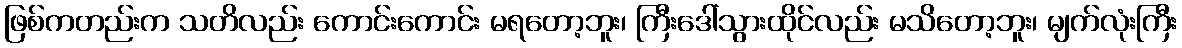
ဖြစ်ကတည်းက သတိလည်း ကောင်းကောင်း မရတော့ဘူး၊ ကြီးဒေါ်သွားထိုင်လည်း မသိတော့ဘူး၊ မျက်လုံးကြီး